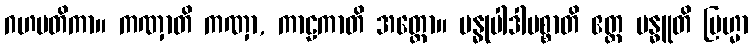
ဂဟပတိကာ။ ကဏှာတိ ကဏှာ, ကာဠကာတိ အတ္ထော။ ဗန္ဓုပါဒါပစ္စာတိ ဧတ္ထ ဗန္ဓူတိ ဗြဟ္မာ